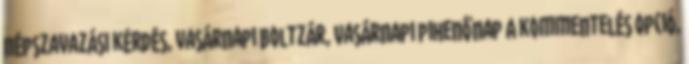
népszavazási kérdés, vasárnapi boltzár, Vasárnapi pihenőnap A kommentelés opció,